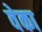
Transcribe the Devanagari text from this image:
वेका